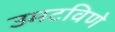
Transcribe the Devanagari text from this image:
उमटविणे